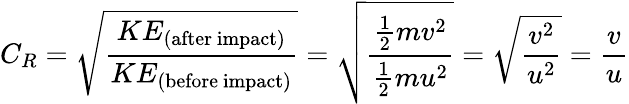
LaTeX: C_{R}={\sqrt{\frac{KE_{\mathrm{(after~impact)}}}{KE_{\mathrm{(before~impact)}}}}}={\sqrt{\frac{{\frac{1}{2}}mv^{2}}{{\frac{1}{2}}mu^{2}}}}={\sqrt{\frac{v^{2}}{u^{2}}}}={\frac{v}{u}}